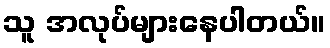
သူ အလုပ်များနေပါတယ်။